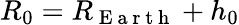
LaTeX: R_{0}=R_{\mathrm{~E~a~r~t~h~}}+h_{0}